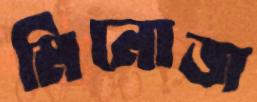
মিনোজ